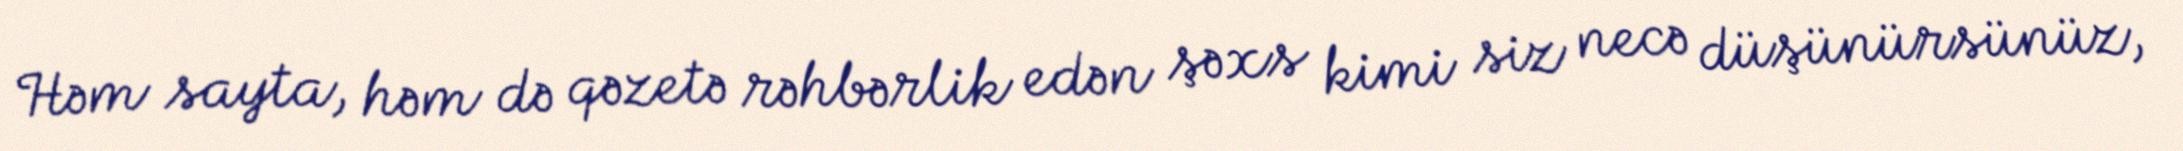
Həm sayta, həm də qəzetə rəhbərlik edən şəxs kimi siz necə düşünürsünüz,